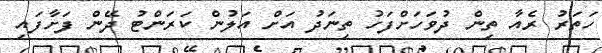
ހަތަރު ރެއާ ތިން ދުވަހަށްފަހު ތިނަދު އަށް އަލުން ކަރަންޓު ދޭން ފަށާފައި